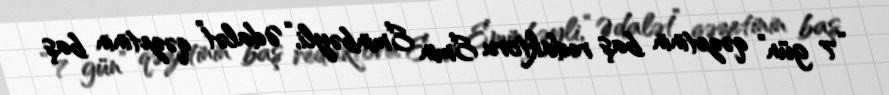
“7 gün” qəzetinin baş redaktoru Emin Eminbəyli, “Ədalət” qəzetinin baş